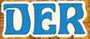
DER